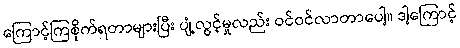
ကြောင့်ကြစိုက်ရတာများပြီး ပျံ့လွင့်မှုလည်း ဝင်ဝင်လာတာပေါ့။ ဒါ့ကြောင့်